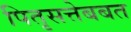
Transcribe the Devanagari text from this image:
पितृसत्तेबबत